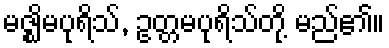
မဇ္ဈိမပုရိသ်, ဥတ္တမပုရိသ်တို့ မည်၏။